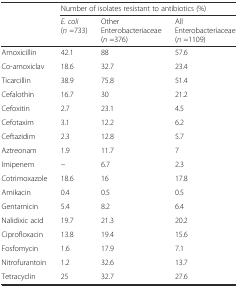
<table><thead><tr><td></td><td colspan="3"><b>Number of isolates resistant to antibiotics (%)</b></td></tr><tr><td></td><td><b><i>E. coli</i> (<i>n</i> =733)</b></td><td><b>Other Enterobacteriaceae (<i>n</i> =376)</b></td><td><b>All Enterobacteriaceae (<i>n</i> =1109)</b></td></tr></thead><tbody><tr><td>Amoxicillin</td><td>42.1</td><td>88</td><td>57.6</td></tr><tr><td>Co-amoxiclav</td><td>18.6</td><td>32.7</td><td>23.4</td></tr><tr><td>Ticarcillin</td><td>38.9</td><td>75.8</td><td>51.4</td></tr><tr><td>Cefalothin</td><td>16.7</td><td>30</td><td>21.2</td></tr><tr><td>Cefoxitin</td><td>2.7</td><td>23.1</td><td>4.5</td></tr><tr><td>Cefotaxim</td><td>3.1</td><td>12.2</td><td>6.2</td></tr><tr><td>Ceftazidim</td><td>2.3</td><td>12.8</td><td>5.7</td></tr><tr><td>Aztreonam</td><td>1.9</td><td>11.7</td><td>7</td></tr><tr><td>Imipenem</td><td>−</td><td>6.7</td><td>2.3</td></tr><tr><td>Cotrimoxazole</td><td>18.6</td><td>16</td><td>17.8</td></tr><tr><td>Amikacin</td><td>0.4</td><td>0.5</td><td>0.5</td></tr><tr><td>Gentamicin</td><td>5.4</td><td>8.2</td><td>6.4</td></tr><tr><td>Nalidixic acid</td><td>19.7</td><td>21.3</td><td>20.2</td></tr><tr><td>Ciprofloxacin</td><td>13.8</td><td>19.4</td><td>15.6</td></tr><tr><td>Fosfomycin</td><td>1.6</td><td>17.9</td><td>7.1</td></tr><tr><td>Nitrofurantoin</td><td>1.2</td><td>32.6</td><td>13.7</td></tr><tr><td>Tetracyclin</td><td>25</td><td>32.7</td><td>27.6</td></tr></tbody></table>